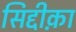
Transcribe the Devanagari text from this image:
सिद्दीक़ा